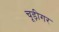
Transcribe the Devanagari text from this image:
चूड़ीगर